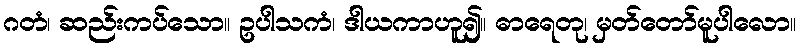
ဂတံ၊ ဆည်းကပ်သော။ ဥပါသကံ၊ ဒါယကာဟူ၍။ ဓာရေတု၊ မှတ်တော်မူပါလော။